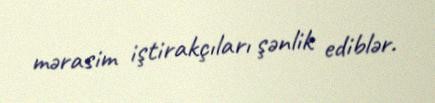
mərasim iştirakçıları şənlik ediblər.